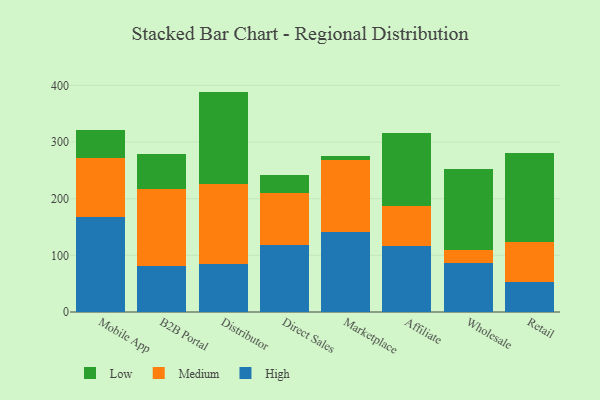
{"axis": {"x": "Channel", "y": "LTV (USD)"}, "legend": ["High", "Low", "Medium"], "data": [{"x": "Mobile App", "y": 167.0, "type": "High"}, {"x": "Mobile App", "y": 104.4, "type": "Medium"}, {"x": "Mobile App", "y": 50.7, "type": "Low"}, {"x": "B2B Portal", "y": 81.5, "type": "High"}, {"x": "B2B Portal", "y": 136.0, "type": "Medium"}, {"x": "B2B Portal", "y": 60.5, "type": "Low"}, {"x": "Distributor", "y": 85.5, "type": "High"}, {"x": "Distributor", "y": 140.9, "type": "Medium"}, {"x": "Distributor", "y": 162.6, "type": "Low"}, {"x": "Direct Sales", "y": 118.0, "type": "High"}, {"x": "Direct Sales", "y": 92.2, "type": "Medium"}, {"x": "Direct Sales", "y": 32.2, "type": "Low"}, {"x": "Marketplace", "y": 140.5, "type": "High"}, {"x": "Marketplace", "y": 128.3, "type": "Medium"}, {"x": "Marketplace", "y": 6.0, "type": "Low"}, {"x": "Affiliate", "y": 116.5, "type": "High"}, {"x": "Affiliate", "y": 70.3, "type": "Medium"}, {"x": "Affiliate", "y": 128.5, "type": "Low"}, {"x": "Wholesale", "y": 85.9, "type": "High"}, {"x": "Wholesale", "y": 22.8, "type": "Medium"}, {"x": "Wholesale", "y": 144.4, "type": "Low"}, {"x": "Retail", "y": 53.8, "type": "High"}, {"x": "Retail", "y": 69.9, "type": "Medium"}, {"x": "Retail", "y": 157.3, "type": "Low"}]}